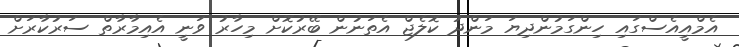
އެމްއީއެސްގައި ހިންގަމުންދިޔަ މަންދު ކޮލެޖް އެތަނުން ބޭރުކޮށް މިހާރު ވަނީ އެއިމާރާތް ސަރުކާރަށް